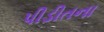
પીડીતના